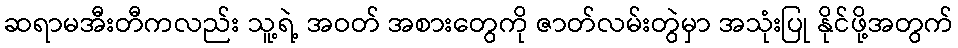
ဆရာမအီးတီကလည်း သူ့ရဲ့ အဝတ် အစားတွေကို ဇာတ်လမ်းတွဲမှာ အသုံးပြု နိုင်ဖို့အတွက်